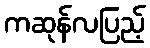
ကဆုန်လပြည့်